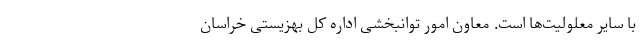
با سایر معلولیت‌ها است. معاون امور توانبخشی اداره کل بهزیستی خراسان